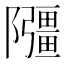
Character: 𫕘